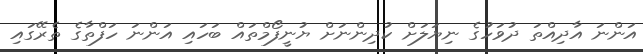
އަންނަ އާދިއްތަ ދުވަހުގެ ނިޔަލަށް ކުދިންނަށް ޔުނީފޯމްތައް ބަހައި އަންނަ ހަފްތާގެ ތެރޭގައި